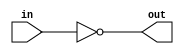
module coreir_not #(
    parameter width = 1
) (
    input [width-1:0] in,
    output [width-1:0] out
);
  assign out = ~in;
endmodule

module coreir_add #(
    parameter width = 1
) (
    input [width-1:0] in0,
    input [width-1:0] in1,
    output [width-1:0] out
);
  assign out = in0 + in1;
endmodule

module corebit_const #(
    parameter value = 1
) (
    output out
);
  assign out = value;
endmodule

module Add8_cin (
    input [7:0] I0,
    input [7:0] I1,
    output [7:0] O,
    input CIN
);
wire bit_const_0_None_out;
wire [7:0] coreir_add8_inst0_out;
wire [7:0] coreir_add8_inst1_out;
corebit_const #(
    .value(1'b0)
) bit_const_0_None (
    .out(bit_const_0_None_out)
);
coreir_add #(
    .width(8)
) coreir_add8_inst0 (
    .in0(coreir_add8_inst1_out),
    .in1(I1),
    .out(coreir_add8_inst0_out)
);
wire [7:0] coreir_add8_inst1_in0;
assign coreir_add8_inst1_in0 = {bit_const_0_None_out,bit_const_0_None_out,bit_const_0_None_out,bit_const_0_None_out,bit_const_0_None_out,bit_const_0_None_out,bit_const_0_None_out,CIN};
coreir_add #(
    .width(8)
) coreir_add8_inst1 (
    .in0(coreir_add8_inst1_in0),
    .in1(I0),
    .out(coreir_add8_inst1_out)
);
assign O = coreir_add8_inst0_out;
endmodule

module Sub8 (
    input [7:0] I0,
    input [7:0] I1,
    output [7:0] O
);
wire [7:0] Add8_cin_inst0_O;
wire [7:0] Invert8_inst0_out;
wire bit_const_1_None_out;
Add8_cin Add8_cin_inst0 (
    .I0(I0),
    .I1(Invert8_inst0_out),
    .O(Add8_cin_inst0_O),
    .CIN(bit_const_1_None_out)
);
coreir_not #(
    .width(8)
) Invert8_inst0 (
    .in(I1),
    .out(Invert8_inst0_out)
);
corebit_const #(
    .value(1'b1)
) bit_const_1_None (
    .out(bit_const_1_None_out)
);
assign O = Add8_cin_inst0_O;
endmodule